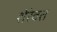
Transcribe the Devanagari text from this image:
शेरेवत